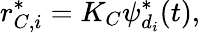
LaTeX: r_{C,i}^{*}=K_{C}\psi_{d_{i}}^{*}(t),